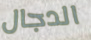
الدجال